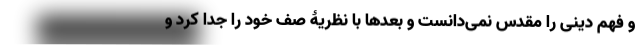
و فهم دینی را مقدس نمی‌دانست و بعدها با نظریۀ صف خود را جدا کرد و